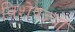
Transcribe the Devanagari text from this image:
विशेषज्ञ्यों